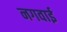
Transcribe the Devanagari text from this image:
नगवाई